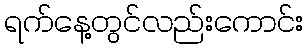
ရက်နေ့တွင်လည်းကောင်း